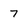
Character: 7